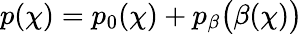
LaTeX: p(\chi)=p_{0}(\chi)+p_{\beta}\bigl(\beta(\chi)\bigr)